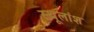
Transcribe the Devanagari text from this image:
स्थूलांश